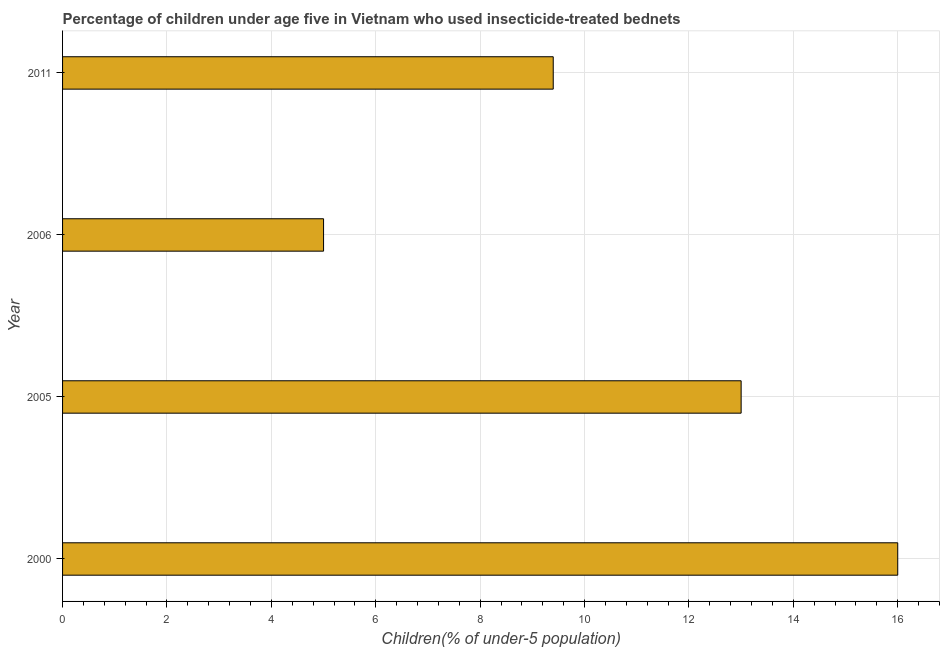
| Year | Use of insecticide-treated bed nets (% of under-5 population) |
 | --- | --- |
 | 2000 | 16 |
 | 2005 | 13 |
 | 2006 | 5 |
 | 2011 | 9.4 |